Annual report of the Punjab Veterinary College and of the Civil Veterinary Department, Punjab - 1926-1932
Year: 1926
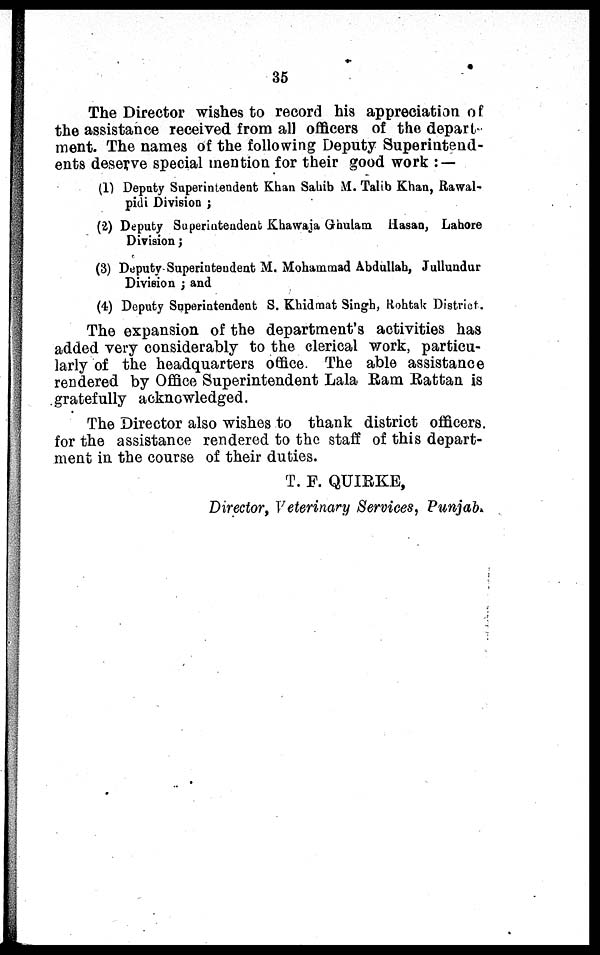
35
The Director wishes to record his appreciation of
the assistance received from all officers of the depart-
ment. The names of the following Deputy Superintend-
ents deserve special mention for their good work : —
(1) Deputy Superintendent Khan Sahib M. Talib Khan, Rawal-
pidi Division ;
(2) Deputy Superintendent Khawaja Ghulam Hasan, Lahore
Division ;
(3) Deputy Superintendent M. Mohammad Abdullah, Jullundur
Division ; and
(4) Deputy Superintendent S. Khidmat Singh, Rohtak District.
The expansion of the department's activities has
added very considerably to the clerical work, particu-
larly of the headquarters office. The able assistance
rendered by Office Superintendent Lala Ram Rattan is
gratefully acknowledged.
The Director also wishes to thank district officers
for the assistance rendered to the staff of this depart-
ment in the course of their duties.
T. F. QUIRKE,
Director, Veterinary Services, Punjab.